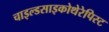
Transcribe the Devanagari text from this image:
चाइल्डसाइकोथेरेपिस्ट